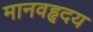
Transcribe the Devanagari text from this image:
मानवहृदय